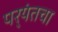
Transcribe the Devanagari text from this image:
पर्‍यंतचा